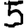
Digit: 5